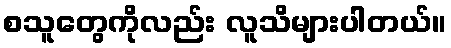
စသူတွေကိုလည်း လူသိများပါတယ်။